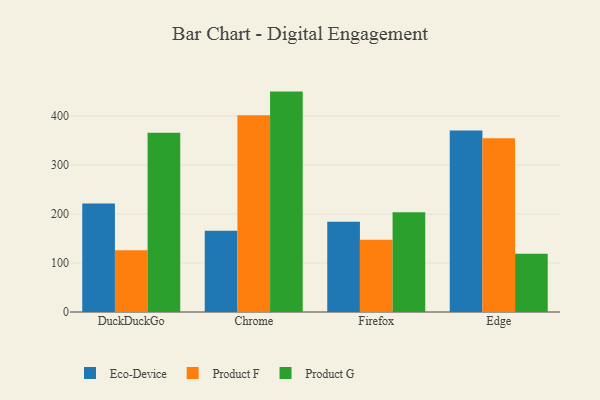
{"axis": {"x": "Browser", "y": "Conversion Rate (%)"}, "legend": ["Eco-Device", "Product F", "Product G"], "data": [{"x": "DuckDuckGo", "y": 221.6, "type": "Eco-Device"}, {"x": "DuckDuckGo", "y": 126.1, "type": "Product F"}, {"x": "DuckDuckGo", "y": 365.7, "type": "Product G"}, {"x": "Chrome", "y": 166.1, "type": "Eco-Device"}, {"x": "Chrome", "y": 401.5, "type": "Product F"}, {"x": "Chrome", "y": 449.9, "type": "Product G"}, {"x": "Firefox", "y": 184.4, "type": "Eco-Device"}, {"x": "Firefox", "y": 147.3, "type": "Product F"}, {"x": "Firefox", "y": 203.6, "type": "Product G"}, {"x": "Edge", "y": 370.3, "type": "Eco-Device"}, {"x": "Edge", "y": 354.8, "type": "Product F"}, {"x": "Edge", "y": 118.8, "type": "Product G"}]}